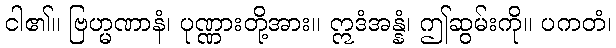
ငါ၏။ ဗြဟ္မဏာနံ၊ ပုဏ္ဏားတို့အား။ ဣဒံအန္နံ၊ ဤဆွမ်းကို။ ပကတံ၊